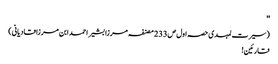
''
(سیرت لمہدی حصہ اول ص233 مصنفہ مرزا بشیر احمد ابن مرزا قادیانی)
قارئین!